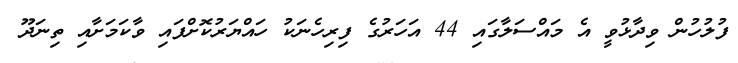
ފުލުހުން ވިދާޅުވީ އެ މައްސަލާގައި 44 އަހަރުގެ ފިރިހެނަކު ހައްޔަރުކޮށްފައި ވާކަމަށާއި ތިނަދޫ